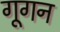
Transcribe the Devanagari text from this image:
गूगन